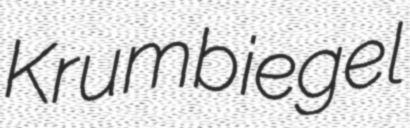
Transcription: Krumbiegel